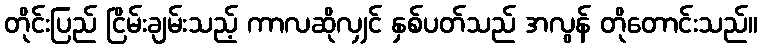
တိုင်းပြည် ငြိမ်းချမ်းသည့် ကာလဆိုလျှင် နှစ်ပတ်သည် အလွန် တိုတောင်းသည်။